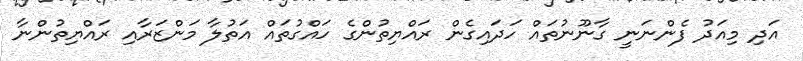
އަދި މިއަދު ފެންނަނީ ގާނޫނުތައް ހަދަައިގެން ރައްޔިތުންގެ ހައްގުތައް އަތުލާ މަންޒަރާއި ރައްޔިތުންނާ